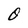
Character: O